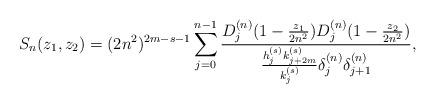
LaTeX: \begin{align*} S_n(z_1, z_2) = (2n^2)^{2m -s -1} \sum_{j = 0}^{n-1} \frac{D_j^{(n)} (1- \frac{z_1}{2n^2} ) D_j^{(n)} (1- \frac{z_2}{2n^2} )}{ \frac{h_j^{(s)} k_{j+2m}^{(s)} }{ k_j^{(s)} } \delta_j^{(n)} \delta_{j+1}^{(n)} }, \end{align*}